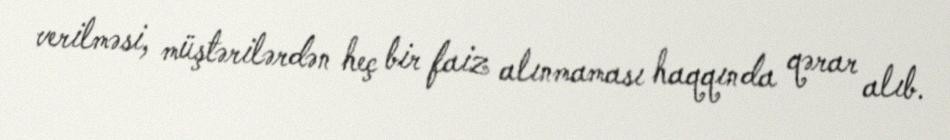
verilməsi, müştərilərdən heç bir faiz alınmaması haqqında qərar alıb.